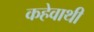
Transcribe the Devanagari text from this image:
कहेवाथी